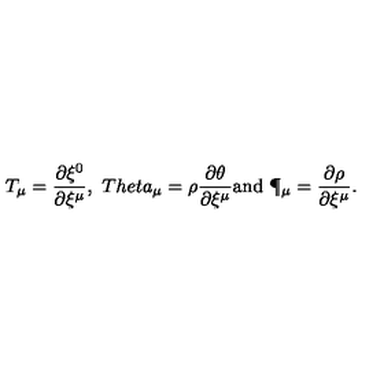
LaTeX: T _ { \mu } = \frac { \partial \xi ^ { 0 } } { \partial \xi ^ { \mu } } , \ T h e t a _ { \mu } = \rho \frac { \partial \theta } { \partial \xi ^ { \mu } } \mathrm { a n d } \ \P _ { \mu } = \frac { \partial \rho } { \partial \xi ^ { \mu } } .